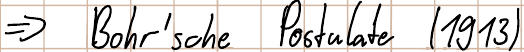
=> Bohr´sche Postulate (1913)